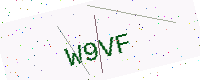
Text: W9VF